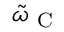
\tilde { \omega } _ { \mathrm { ~ C ~ } }